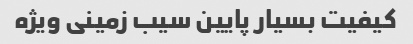
کیفیت بسیار پایین سیب زمینی ویژه